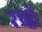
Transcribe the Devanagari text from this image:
सट्टो